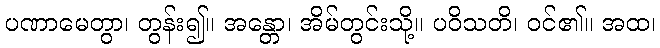
ပဏာမေတွာ၊ တွန်း၍။ အန္တော၊ အိမ်တွင်းသို့။ ပဝိသတိ၊ ဝင်၏။ အထ၊